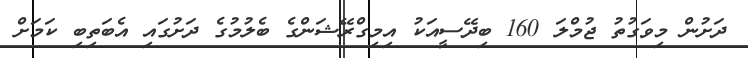
ދަށުން މިވަގުތު ޖުމްލަ 160 ބިދޭސީއަކު އިމިގްރޭޝަންގެ ބެލުމުގެ ދަށުގައި އެބަތިބި ކަމަށް